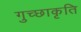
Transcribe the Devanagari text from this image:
गुच्छाकृति